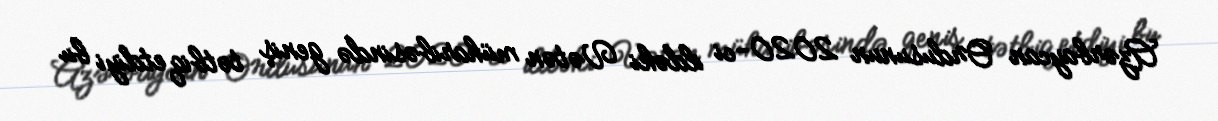
Azərbaycan Ordusunun 2020-ci ildəki Vətən müharibəsində geniş tətbiq etdiyi bu